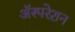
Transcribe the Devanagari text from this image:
अॅस्परेशन